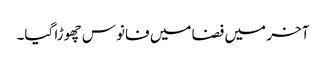
آخر میں فضا میں فانوس چھوڑا گیا۔